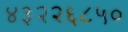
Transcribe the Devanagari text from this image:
४३२२६८५०